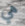
هي